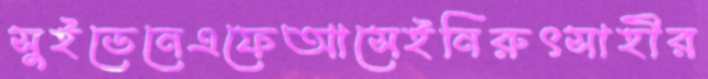
সুইডেনেএফেআসেইনিরুৎসাহীর